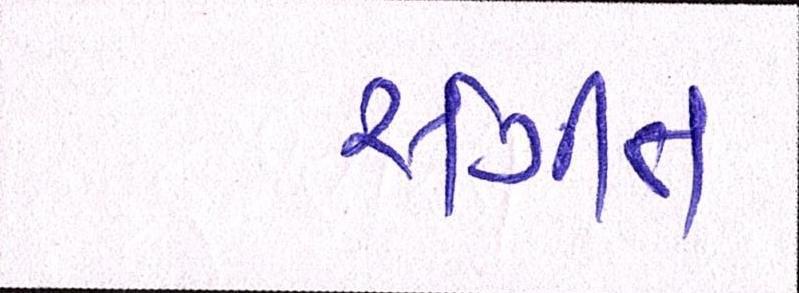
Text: સંગીત